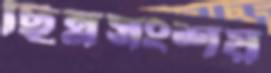
ছিন্নসংশয়